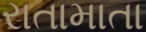
રાતામાતા